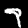
Label: 7